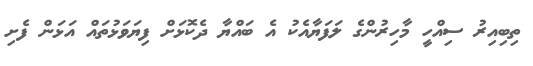
ތިބިއިރު ސިއްހީ މާހިރުންގެ ލަފަޔާއެކު އެ ބައްޔާ ދެކޮޅަށް ފިޔަވަޅުތައް އަޅަން ފެށި